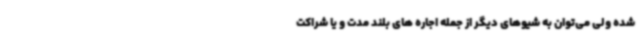
شده ولی می‌توان به شیوهای دیگر از جمله اجاره های بلند مدت و یا شراکت